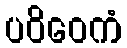
ပဝိဝေကံ